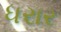
ધરાર